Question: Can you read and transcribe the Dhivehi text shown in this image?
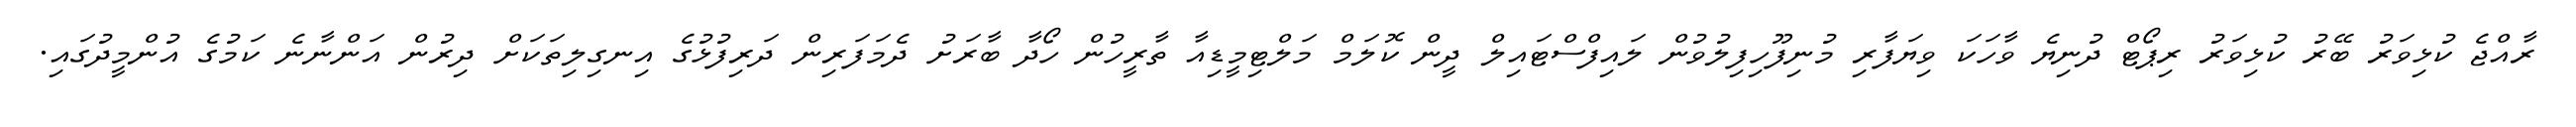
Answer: ރާއްޖެ ކުޅިވަރު ބޭރު ކުޅިވަރު ރިޕޯޓް ދުނިޔެ ވާހަކަ ވިޔަފާރި މުނިފޫހިފިލުވުން ލައިފްސްޓައިލް ދީން ކޮލަމް މަލްޓިމީޑިއާ ތާރީހުން ހޯދާ ބާރަށު ދެމަފަރިން ދަރިފުޅުގެ އިނގިލިތަކަށް ދިރުން އަންނާނެ ކަމުގެ އުންމީދުގައި.